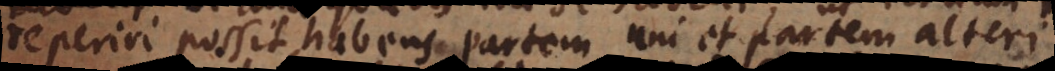
reperiri possit habens partem uni et partem alteri